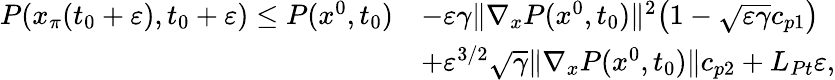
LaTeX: \begin{array}{rl}{P(x_{\pi}(t_{0}+\varepsilon),t_{0}+\varepsilon)\le P(x^{0},t_{0})}&{-\varepsilon\gamma\| \nabla_{x}P(x^{0},t_{0})\| ^{2}\big(1-\sqrt{\varepsilon\gamma}c_{p1}\big)}\\ &{+\varepsilon^{3/2}\sqrt\gamma\| \nabla_{x}P(x^{0},t_{0})\| c_{p2}+L_{Pt}\varepsilon,}\end{array}